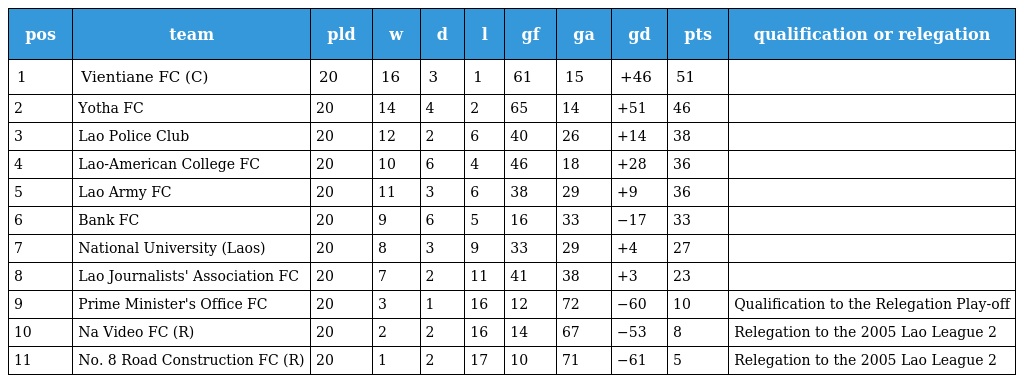
| pos | team | pld | w | d | l | gf | ga | gd | pts | qualification or relegation |
 | --- | --- | --- | --- | --- | --- | --- | --- | --- | --- | --- |
 | 1 | Vientiane FC (C) | 20 | 16 | 3 | 1 | 61 | 15 | +46 | 51 |  |
 | 2 | Yotha FC | 20 | 14 | 4 | 2 | 65 | 14 | +51 | 46 |  |
 | 3 | Lao Police Club | 20 | 12 | 2 | 6 | 40 | 26 | +14 | 38 |  |
 | 4 | Lao-American College FC | 20 | 10 | 6 | 4 | 46 | 18 | +28 | 36 |  |
 | 5 | Lao Army FC | 20 | 11 | 3 | 6 | 38 | 29 | +9 | 36 |  |
 | 6 | Bank FC | 20 | 9 | 6 | 5 | 16 | 33 | −17 | 33 |  |
 | 7 | National University (Laos) | 20 | 8 | 3 | 9 | 33 | 29 | +4 | 27 |  |
 | 8 | Lao Journalists' Association FC | 20 | 7 | 2 | 11 | 41 | 38 | +3 | 23 |  |
 | 9 | Prime Minister's Office FC | 20 | 3 | 1 | 16 | 12 | 72 | −60 | 10 | Qualification to the Relegation Play-off |
 | 10 | Na Video FC (R) | 20 | 2 | 2 | 16 | 14 | 67 | −53 | 8 | Relegation to the 2005 Lao League 2 |
 | 11 | No. 8 Road Construction FC (R) | 20 | 1 | 2 | 17 | 10 | 71 | −61 | 5 | Relegation to the 2005 Lao League 2 |